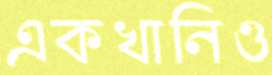
একখানিও